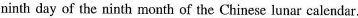
ninth day of the ninth month of the Chinese lunar calendar.